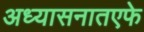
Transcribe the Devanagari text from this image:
अध्यासनातएफे